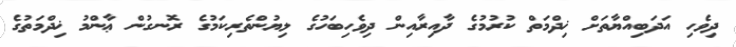
ދިވެހި އަދަބިއްޔާތަށް ޚިދްމަތް ކުރުމުގެ ދާއިރާއިން ދިވެހިބަހުގެ ލިޔުންތެރިކަމުގެ ރޮނގުން ޢާންމު ޚިދްމަތުގެ